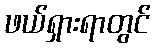
ဖယ်ရှားရာတွင်